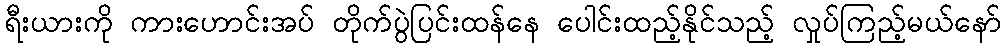
ရီးယားကို ကားဟောင်းအပ် တိုက်ပွဲပြင်းထန်နေ ပေါင်းထည့်နိုင်သည့် လှုပ်ကြည့်မယ်နော်